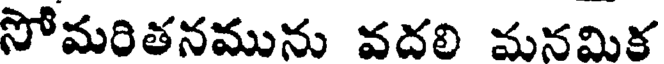
సోమరితనమును వదలి మనమిక